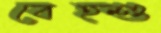
বেহ্শু